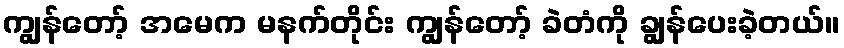
ကျွန်တော့် အမေက မနက်တိုင်း ကျွန်တော့် ခဲတံကို ချွန်ပေးခဲ့တယ်။